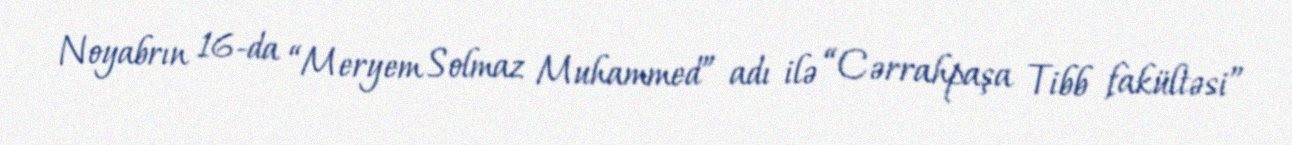
Noyabrın 16-da “Meryem Solmaz Muhammed” adı ilə “Cərrahpaşa Tibb fakültəsi”